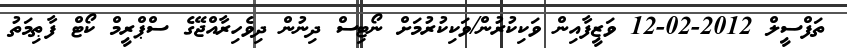
ތަފްސީލް 2012-02-12 ވަޒީފާއިން ވަކިކުރުން/ވަކިކުރުމަށް ނޯޓިސް ދިނުން ދިވެހިރާއްޖޭގެ ސްޕްރީމް ކޯޓް ފާޠިމަތު